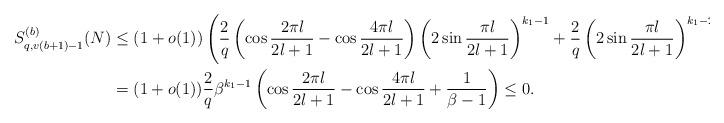
LaTeX: \begin{align*}S^{(b)}_{q,v(b+1)-1}(N)&\leq (1+o(1))\left(\frac{2}{q}\left(\cos \frac{2\pi l}{2l+1}-\cos \frac{4\pi l}{2l+1}\right)\left(2\sin \frac{\pi l}{2l+1}\right)^{k_{1}-1}+\frac{2}{q}\left(2\sin \frac{\pi l}{2l+1}\right)^{k_{1}-2}+\cdots\right)\\&=(1+o(1))\frac{2}{q}\beta^{k_{1}-1}\left(\cos\frac{2\pi l}{2l+1}-\cos\frac{4\pi l}{2l+1}+\frac{1}{\beta-1}\right)\leq 0. \end{align*}